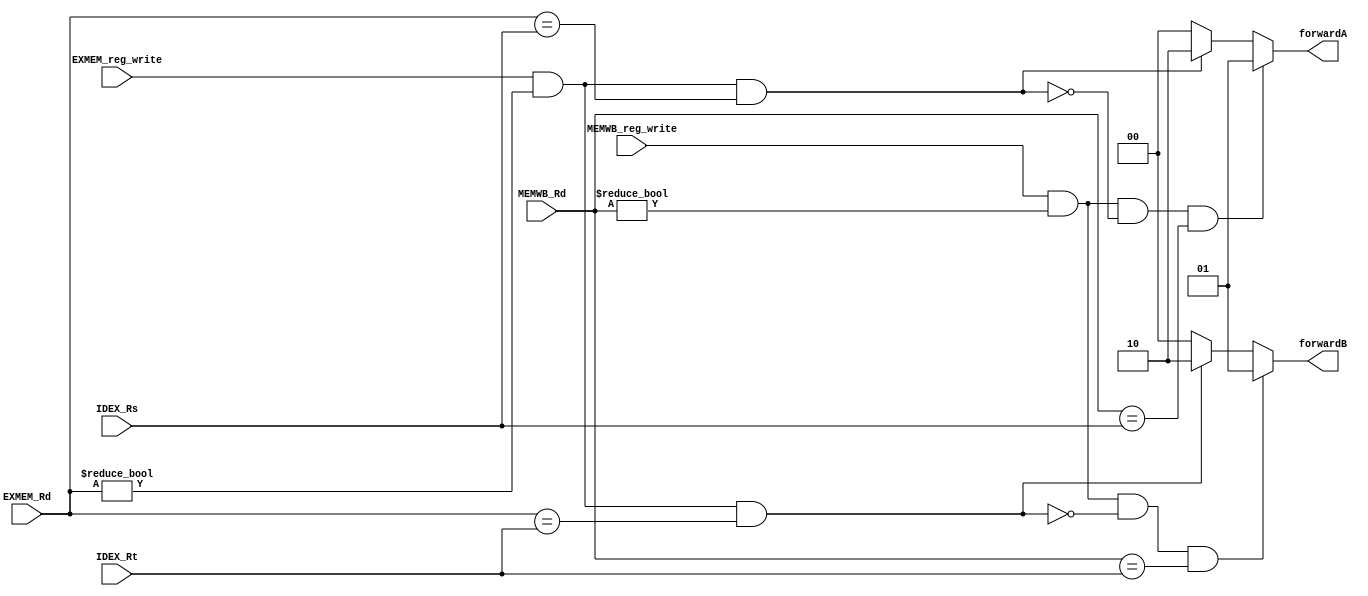
module forward_unit(IDEX_Rs, IDEX_Rt, EXMEM_reg_write, EXMEM_Rd, MEMWB_reg_write, MEMWB_Rd, forwardA, forwardB);
    input [4:0] IDEX_Rs, IDEX_Rt;
    input EXMEM_reg_write, MEMWB_reg_write;
    input [4:0] EXMEM_Rd, MEMWB_Rd;
    output reg [1:0] forwardA, forwardB;

    always @(IDEX_Rs, IDEX_Rt, EXMEM_reg_write, EXMEM_Rd, MEMWB_reg_write, MEMWB_Rd) begin
        forwardA <= 2'b00;
        forwardB <= 2'b00;
        if ((EXMEM_reg_write == 1'b1) && (EXMEM_Rd != 5'b00000) && (EXMEM_Rd == IDEX_Rs))
            forwardA <= 2'b10;
        
        if ((EXMEM_reg_write == 1'b1) && (EXMEM_Rd != 5'b00000) && (EXMEM_Rd == IDEX_Rt))
            forwardB <= 2'b10;
        
        if ((MEMWB_reg_write == 1'b1) && (MEMWB_Rd != 5'b00000) && (!((EXMEM_reg_write == 1'b1) && (EXMEM_Rd != 5'b00000) && (EXMEM_Rd == IDEX_Rs))) 
            && (MEMWB_Rd == IDEX_Rs))
            forwardA <= 2'b01;
        
        if ((MEMWB_reg_write == 1'b1) && (MEMWB_Rd != 5'b00000) && !((EXMEM_reg_write == 1'b1) && (EXMEM_Rd != 5'b00000) && (EXMEM_Rd == IDEX_Rt)) 
            && (MEMWB_Rd == IDEX_Rt))
            forwardB <= 2'b01;
        
    end

endmodule